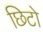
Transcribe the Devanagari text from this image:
छिटो